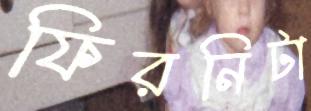
ফিরনিটা